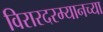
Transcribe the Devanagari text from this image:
विरारदरम्यानच्या